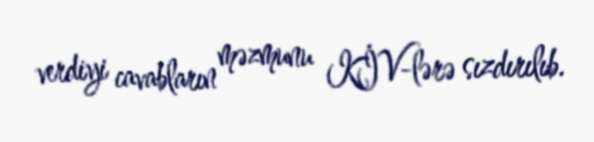
verdiyi cavabların məzmunu KİV-lərə sızdırılıb.